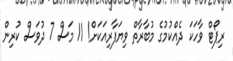
ރިޕޯޓް ވާހަކަ ދެއްކުމުގެ މުބާރާތް ވިޔަފާރިއަކަށް! 11 މަސް 7 ދުވަސް ކުރިން